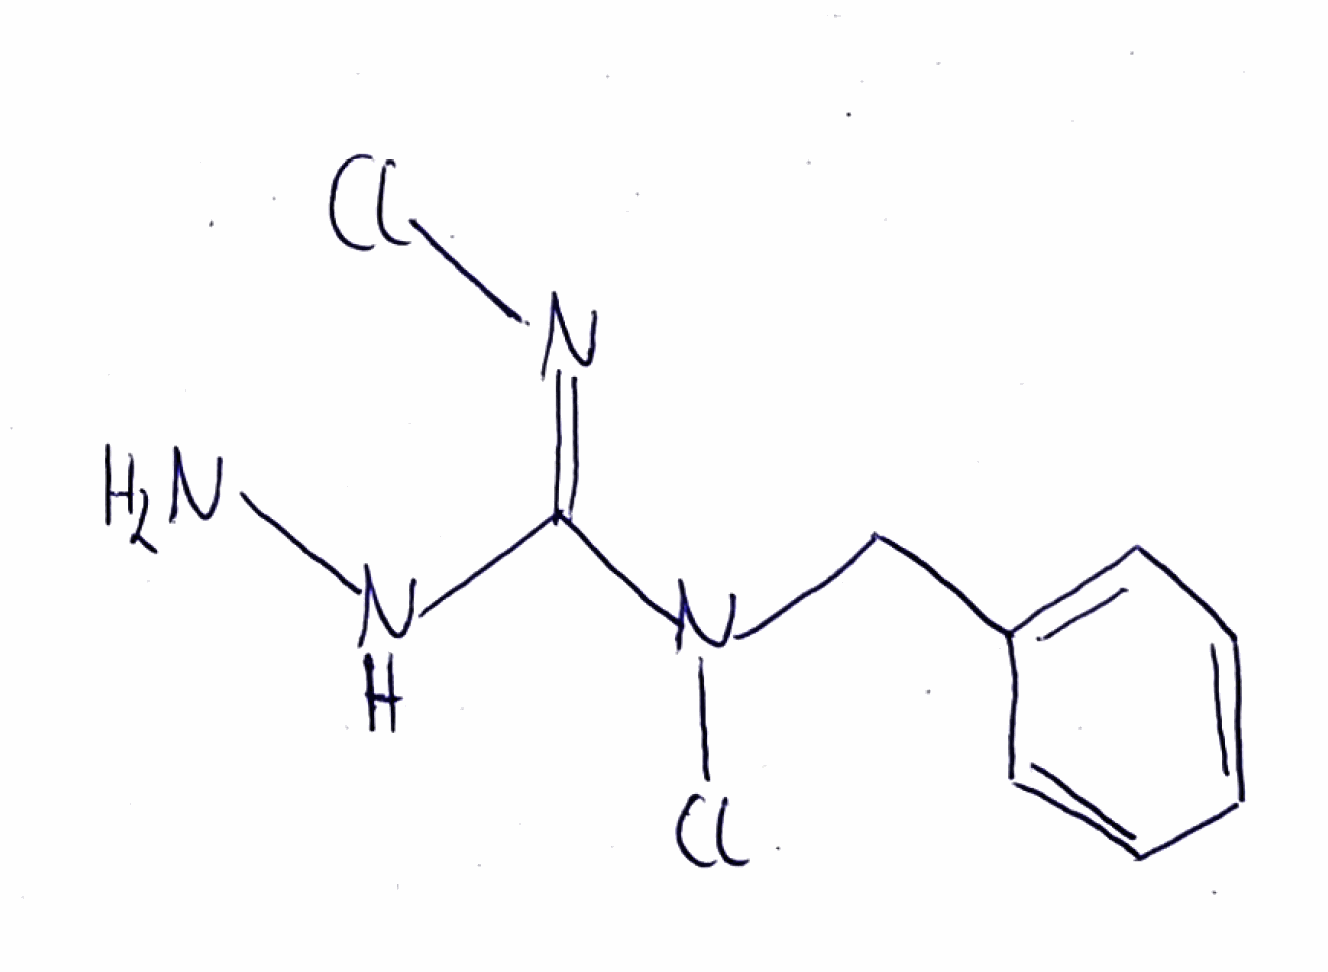
Simplified molecular-input line-entry system (SMILES) notation of the given molecule:
C1=CC=C(C=C1)CN(/C(=N/Cl)/NN)Cl